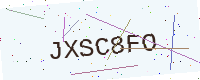
Text: JXSC8FO